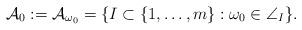
LaTeX: \begin{align*}\mathcal A_0:=\mathcal A_{\omega_0}=\{I\subset \{1,\ldots,m\}: \omega_0\in \angle_I\}.\end{align*}